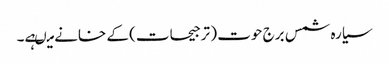
سیارہ شمس برج حوت ( ترجیحات) کے خانے میںہے۔